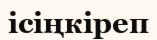
ісіңкіреп